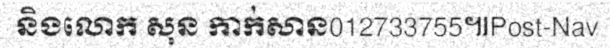
និងលោក សុន កាក់សាន012733755៕Post-Nav